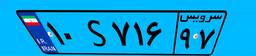
۱۰S۷۱۶۹۷